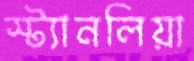
স্ট্যানলিয়া